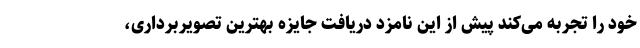
خود را تجربه می‌کند پیش از این نامزد دریافت جایزه بهترین تصویربرداری،